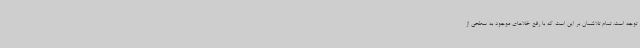
توجه است. تمام تلاشمان بر این است که با رفع خلاهای موجود به سطحی از